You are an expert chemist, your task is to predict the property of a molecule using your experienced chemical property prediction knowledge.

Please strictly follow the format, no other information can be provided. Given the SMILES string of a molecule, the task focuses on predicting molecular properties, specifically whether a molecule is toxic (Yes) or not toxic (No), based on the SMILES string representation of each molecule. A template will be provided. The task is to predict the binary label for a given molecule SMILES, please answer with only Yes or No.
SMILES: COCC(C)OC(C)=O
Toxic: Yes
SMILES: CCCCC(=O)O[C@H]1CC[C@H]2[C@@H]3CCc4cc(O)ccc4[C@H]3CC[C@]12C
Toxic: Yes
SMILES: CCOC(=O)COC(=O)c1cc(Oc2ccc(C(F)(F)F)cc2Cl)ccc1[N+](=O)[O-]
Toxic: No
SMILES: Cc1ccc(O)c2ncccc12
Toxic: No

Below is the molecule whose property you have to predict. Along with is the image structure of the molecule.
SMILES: O=S(=O)([O-])c1ccc(O)cc1
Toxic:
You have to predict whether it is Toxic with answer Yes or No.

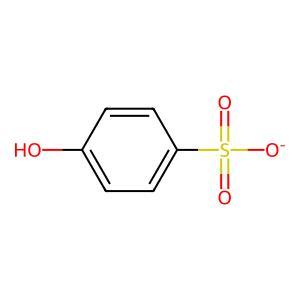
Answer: No